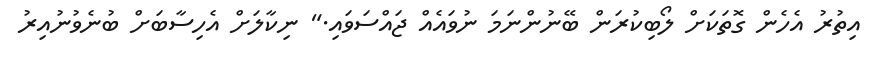
އިތުރު އެހެން ގޮތަކަށް ލޯބިކުރަން ބޭނުންނަމަ ނުވައެއް ޖައްސަވައި." ނިކާލަށް އެހިސާބަށް ބުނެވުނުއިރު